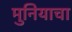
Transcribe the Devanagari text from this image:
मुनियाचा